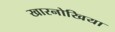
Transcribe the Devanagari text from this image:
खारनोखिया